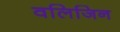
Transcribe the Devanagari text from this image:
वलिजिन